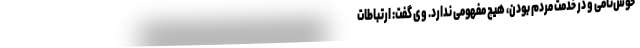
خوش‌نامی و در خدمت مردم بودن، هیچ مفهومی ندارد. وی گفت: ارتباطات